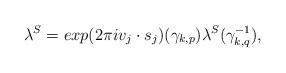
LaTeX: \begin{align*} \lambda^{S} = exp(2\pi iv_j\cdot s_j)({\gamma}_{k,p}) \lambda^{S}({\gamma}_{k,q}^{-1}),\end{align*}